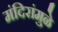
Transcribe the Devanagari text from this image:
मंदिरांमुळे